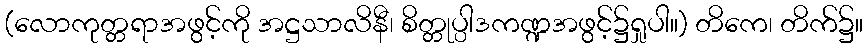
(လောကုတ္တရာအဖွင့်ကို အဋ္ဌသာလိနီ၊ စိတ္တုပ္ပါဒကဏ္ဍအဖွင့်၌ရှုပါ။) တိကေ၊ တိက်၌။